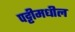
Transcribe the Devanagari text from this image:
पट्टीमधील